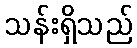
သန်းရှိသည်